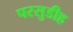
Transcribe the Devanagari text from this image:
परसुडीह